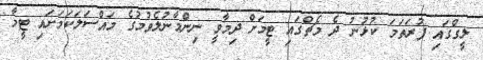
ލީގްގައި ފުރަތަމަ ކުޅުނު ދެ މެޗްގައި ޓީމަށް ދިމާވީ ނިންމާނުލެވުމުގެ މައްސަލަކަމަށައި ޓީމާ